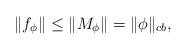
LaTeX: \begin{align*}\|f_\phi\|\leq\|M_\phi\|=\|\phi\|_{cb},\end{align*}